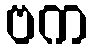
ဗက